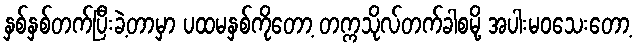
နှစ်နှစ်တက်ပြီးခဲ့တာမှာ ပထမနှစ်ကိုတော့ တက္ကသိုလ်တက်ခါစမို့ အပါးမဝသေးတော့